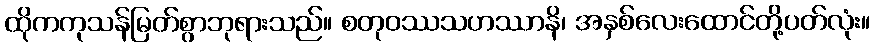
ထိုကကုသန်မြတ်စွာဘုရားသည်။ စတုဝဿသဟဿာနိ၊ အနှစ်လေးထောင်တို့ပတ်လုံး။